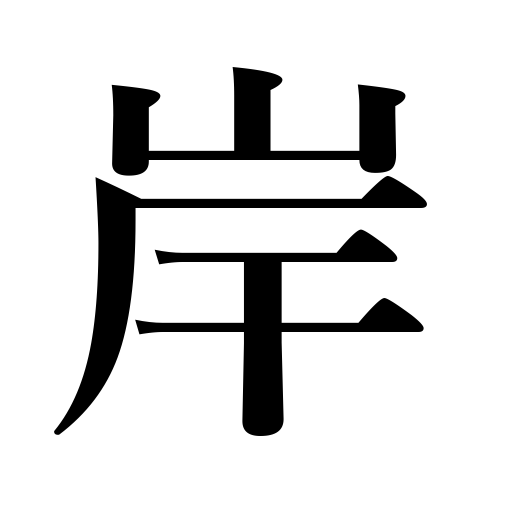
Meanings: shore,brink,coast,bank